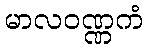
မာလဝဏ္ဏကံ